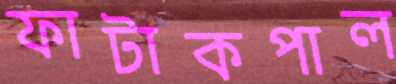
ফাটাকপাল